Vaccination in Bombay 1913-1923 - 1913-1923
Year: 1913
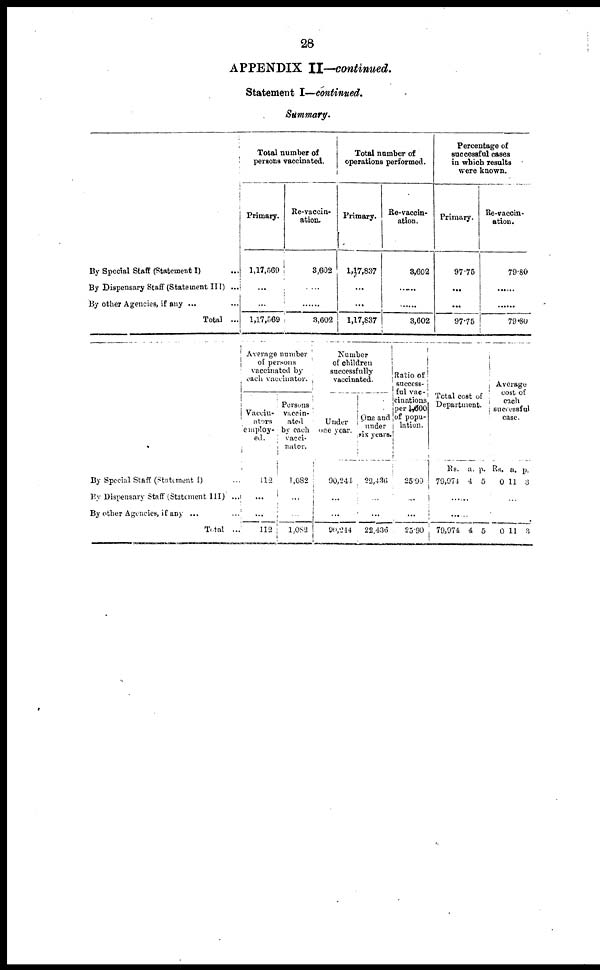
28
APPENDIX II—continued.
Statement I—continued.
Summary.
By Special Staff (Statement I) ...
By Dispensary Staff (Statement III) ...
By other Agencies, if any ...
Total ...
Total number of
persons vaccinated.
Primary.
1,17,569
...
...
1,17,569
Re-vaccin-
ation.
3,602
......
......
3,602
Total number of
operations performed.
Primary.
1,17,837
...
...
1,17,837
Re-vaccin-
ation.
3,602
...
...
3,602
Percentage of
successful cases
in which results
were known.
Primary.
97.75
...
...
97.75
Re-vaccin-
ation.
79.80
......
......
79.80
By Special Staff (Statement I) ...
By Dispensary Staff (Statement III) ...
By other Agencies, if any ...
Total ...
Average number
of persons
vaccinated by
each vaccinator.
Vaccin-
ators
employ-
ed.
112
...
...
112
Persons
vaccin-
ated
by each
vacci-
nator.
1,082
...
...
1,082
Number
of children
successfully
vaccinated.
Under
one year.
90,244
...
...
90,244
One and
under
six years.
22,436
...
...
22,436
Ratio of
success-
ful vac-
cinations
per 1,000
of popu-
lation.
25.90
...
...
25.90
Total cost of
Department.
Rs.
79,974
a.
4
p.
5
......
......
79,974 4 5
Average
cost of
each
successful
case.
Rs.
0
a.
11
p.
3
...
...
0 11 3